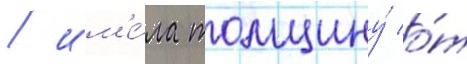
/ им'е́ла толщину́ о́т